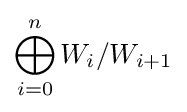
\bigoplus _{i=0}^{n}W_{i}/W_{i+1}